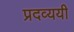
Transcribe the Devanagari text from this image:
प्रदव्ययी